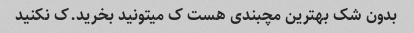
بدون شک بهترین مچبندی هست ک میتونید بخرید.ک نکنید